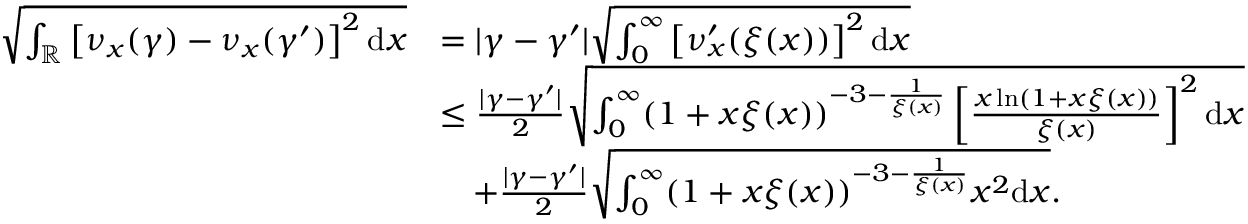
\begin{array} { r l } { \sqrt { \int _ { \mathbb { R } } \left[ \nu _ { x } ( \gamma ) - \nu _ { x } ( \gamma ^ { \prime } ) \right] ^ { 2 } \mathrm { d } x } } & { = \vert \gamma - \gamma ^ { \prime } \vert \sqrt { \int _ { 0 } ^ { \infty } \left[ \nu _ { x } ^ { \prime } ( \xi ( x ) ) \right] ^ { 2 } \mathrm { d } x } } \\ & { \leq \frac { \vert \gamma - \gamma ^ { \prime } \vert } { 2 } \sqrt { \int _ { 0 } ^ { \infty } ( 1 + x \xi ( x ) ) ^ { - 3 - \frac { 1 } { \xi ( x ) } } \left[ \frac { x \ln ( 1 + x \xi ( x ) ) } { \xi ( x ) } \right] ^ { 2 } \mathrm { d } x } } \\ & { \quad + \frac { \vert \gamma - \gamma ^ { \prime } \vert } { 2 } \sqrt { \int _ { 0 } ^ { \infty } ( 1 + x \xi ( x ) ) ^ { - 3 - \frac { 1 } { \xi ( x ) } } x ^ { 2 } \mathrm { d } x } . } \end{array}